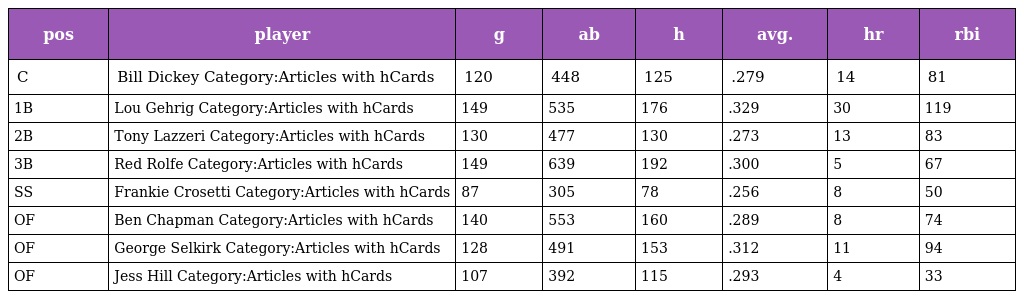
| pos | player | g | ab | h | avg. | hr | rbi |
 | --- | --- | --- | --- | --- | --- | --- | --- |
 | C | Bill Dickey Category:Articles with hCards | 120 | 448 | 125 | .279 | 14 | 81 |
 | 1B | Lou Gehrig Category:Articles with hCards | 149 | 535 | 176 | .329 | 30 | 119 |
 | 2B | Tony Lazzeri Category:Articles with hCards | 130 | 477 | 130 | .273 | 13 | 83 |
 | 3B | Red Rolfe Category:Articles with hCards | 149 | 639 | 192 | .300 | 5 | 67 |
 | SS | Frankie Crosetti Category:Articles with hCards | 87 | 305 | 78 | .256 | 8 | 50 |
 | OF | Ben Chapman Category:Articles with hCards | 140 | 553 | 160 | .289 | 8 | 74 |
 | OF | George Selkirk Category:Articles with hCards | 128 | 491 | 153 | .312 | 11 | 94 |
 | OF | Jess Hill Category:Articles with hCards | 107 | 392 | 115 | .293 | 4 | 33 |